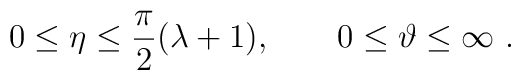
0\le\eta\le\frac{\pi}{2}(\lambda +1),\qquad 0\le\vartheta\le\infty\ .